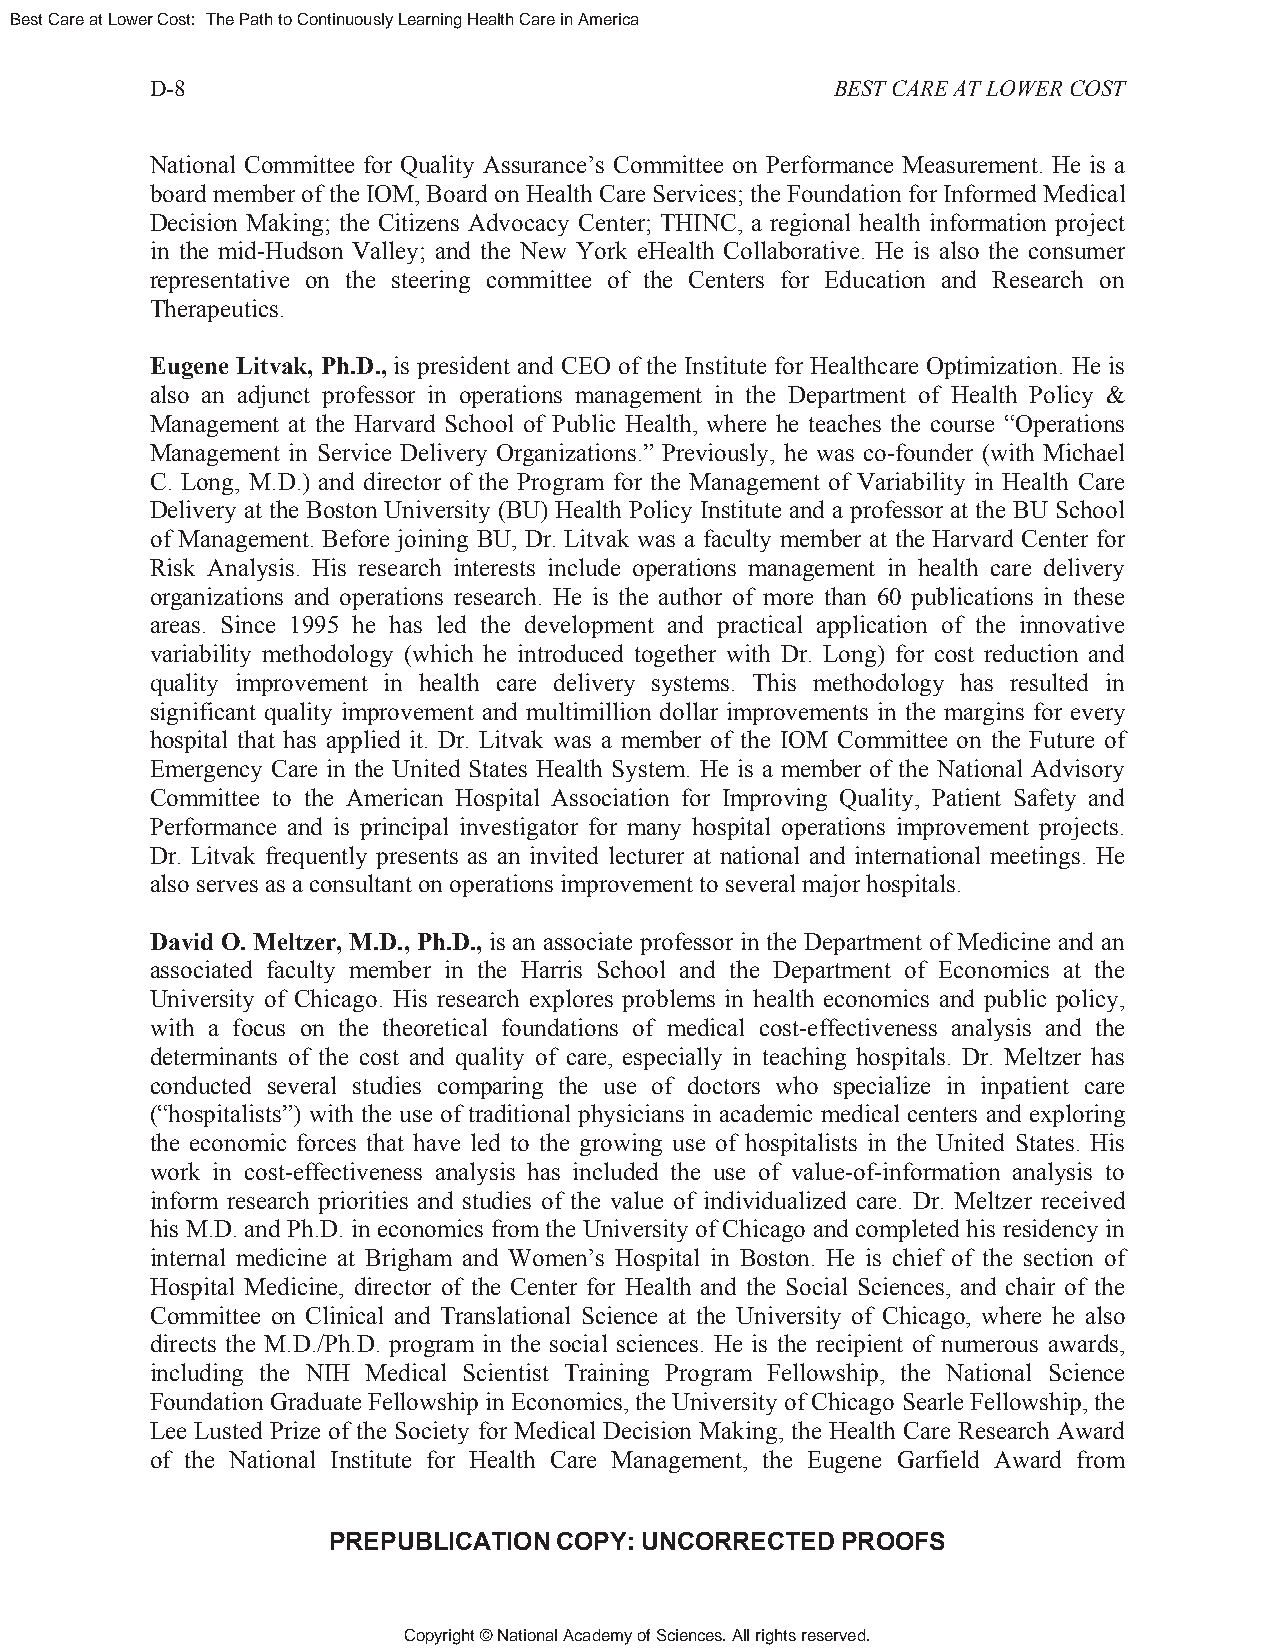
Best Care at Lower Cost: The Path to Continuously Learning Health Care in America
 D-8                                          BEST CARE AT LOWER COST
 National Committee for Quality Assurance’s Committee on Performance Measurement. He is a
 board member of the IOM, Board on Health Care Services; the Foundation for Informed Medical
 Decision Making; the Citizens Advocacy Center; THINC, a regional health information project
 in the mid-Hudson Valley; and the New York eHealth Collaborative. He is also the consumer
 representative on the steering committee of the Centers for Education and Research on
 Therapeutics.
 Eugene Litvak, Ph.D., is president and CEO of the Institute for Healthcare Optimization. He is
 also an adjunct professor in operations management in the Department of Health Policy &
 Management at the Harvard School of Public Health, where he teaches the course “Operations
 Management in Service Delivery Organizations.” Previously, he was co-founder (with Michael
 C. Long, M.D.) and director of the Program for the Management of Variability in Health Care
 Delivery at the Boston University (BU) Health Policy Institute and a professor at the BU School
 of Management. Before joining BU, Dr. Litvak was a faculty member at the Harvard Center for
 Risk Analysis. His research interests include operations management in health care delivery
 organizations and operations research. He is the author of more than 60 publications in these
 areas. Since 1995 he has led the development and practical application of the innovative
 variability methodology (which he introduced together with Dr. Long) for cost reduction and
 quality improvement in health care delivery systems. This methodology has resulted in
 significant quality improvement and multimillion dollar improvements in the margins for every
 hospital that has applied it. Dr. Litvak was a member of the IOM Committee on the Future of
 Emergency Care in the United States Health System. He is a member of the National Advisory
 Committee to the American Hospital Association for Improving Quality, Patient Safety and
 Performance and is principal investigator for many hospital operations improvement projects.
 Dr. Litvak frequently presents as an invited lecturer at national and international meetings. He
 also serves as a consultant on operations improvement to several major hospitals.
 David O. Meltzer, M.D., Ph.D., is an associate professor in the Department of Medicine and an
 associated faculty member in the Harris School and the Department of Economics at the
 University of Chicago. His research explores problems in health economics and public policy,
 with a focus on the theoretical foundations of medical cost-effectiveness analysis and the
 determinants of the cost and quality of care, especially in teaching hospitals. Dr. Meltzer has
 conducted several studies comparing the use of doctors who specialize in inpatient care
 (“hospitalists”) with the use of traditional physicians in academic medical centers and exploring
 the economic forces that have led to the growing use of hospitalists in the United States. His
 work in cost-effectiveness analysis has included the use of value-of-information analysis to
 inform research priorities and studies of the value of individualized care. Dr. Meltzer received
 his M.D. and Ph.D. in economics from the University of Chicago and completed his residency in
 internal medicine at Brigham and Women’s Hospital in Boston. He is chief of the section of
 Hospital Medicine, director of the Center for Health and the Social Sciences, and chair of the
 Committee on Clinical and Translational Science at the University of Chicago, where he also
 directs the M.D./Ph.D. program in the social sciences. He is the recipient of numerous awards,
 including the NIH Medical Scientist Training Program Fellowship, the National Science
 Foundation Graduate Fellowship in Economics, the University of Chicago Searle Fellowship, the
 Lee Lusted Prize of the Society for Medical Decision Making, the Health Care Research Award
 of the National Institute for Health Care Management, the Eugene Garfield Award from
 PREPUBLICATION COPY: UNCORRECTED  PROOFS
 Copyright © National Academy of Sciences. All rights reserved.